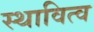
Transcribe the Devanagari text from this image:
स्थावित्व